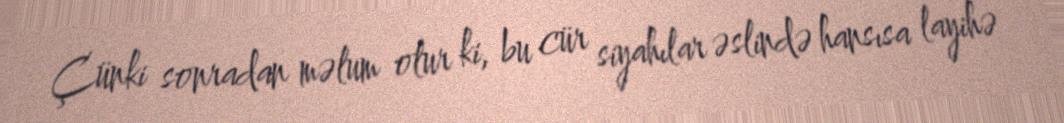
Çünki sonradan məlum olur ki, bu cür siyahılar əslində hansısa layihə